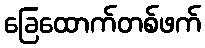
ခြေထောက်တစ်ဖက်